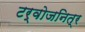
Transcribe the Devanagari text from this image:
टर्वोजनित्र